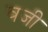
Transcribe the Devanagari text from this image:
वजी